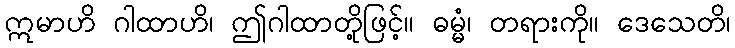
ဣမာဟိ ဂါထာဟိ၊ ဤဂါထာတို့ဖြင့်။ ဓမ္မံ၊ တရားကို။ ဒေသေတိ၊